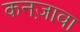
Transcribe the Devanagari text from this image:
कनज़ावा